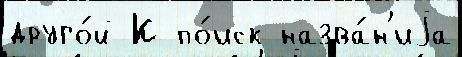
друго́й К по́иск назва́н'иjа